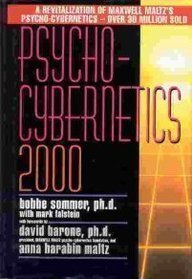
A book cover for Psycho-Cybernetics 2000 2nd edition by Sommer, Bobbe L.; Barone, David, Ph.D.; Maltz, Anna Harabin; published by Prentice Hall Trade Hardcover; Computers & Technology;